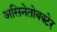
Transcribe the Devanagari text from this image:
असिनेतोबक्टेर